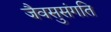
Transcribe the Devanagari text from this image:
जैवसुसंगति